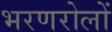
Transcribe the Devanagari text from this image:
भरणरोलों